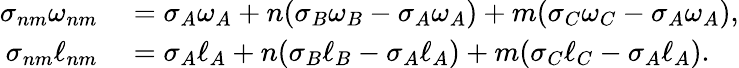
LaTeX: \begin{array}{rl}{\sigma_{nm}\omega_{nm}}&{{}=\sigma_{A}\omega_{A}+n(\sigma_{B}\omega_{B}-\sigma_{A}\omega_{A})+m(\sigma_{C}\omega_{C}-\sigma_{A}\omega_{A}),}\\ {\sigma_{nm}\ell_{nm}}&{{}=\sigma_{A}\ell_{A}+n(\sigma_{B}\ell_{B}-\sigma_{A}\ell_{A})+m(\sigma_{C}\ell_{C}-\sigma_{A}\ell_{A}).}\end{array}